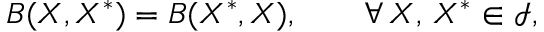
B ( X , X ^ { \ast } ) = B ( X ^ { \ast } , X ) , \qquad \forall \, X , \, X ^ { \ast } \in \mathcal { I } ,